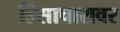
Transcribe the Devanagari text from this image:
हिंसाचारावर